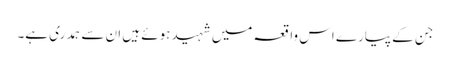
جن کے پیارے اس واقعہ میں شہید ہوئے ہیں ان سے ہمدری ہے۔